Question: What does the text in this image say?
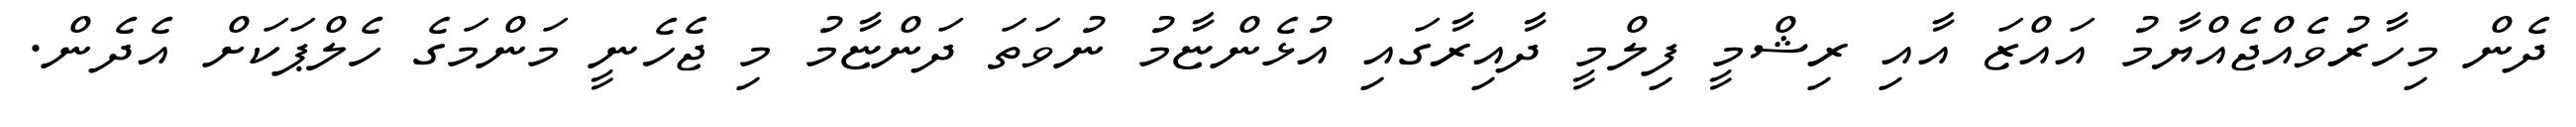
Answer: ދެން މިހާރުވެއްޖެއްޔާމު އައްޒަ އާއި ރިޝްމީ ފިލްމީ ދާއިރާގައި އުޅެންޏާމު ނުވަތަ ދަންޏާމު މި ޖެހެނީ މަންމަގެ ހެލްޕަކަށް އެދެން.